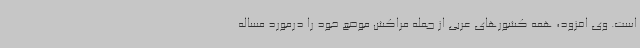
است. وی افزود، همه کشورهای عربی از جمله مراکش موضع خود را درمورد مساله